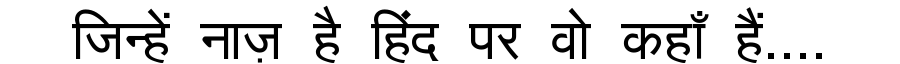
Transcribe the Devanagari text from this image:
जिन्हें नाज़ है हिंद पर वो कहाँ हैं....